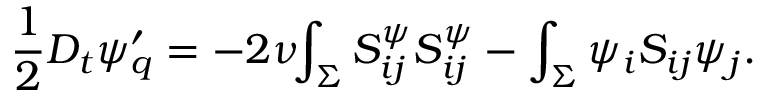
\frac { 1 } { 2 } D _ { t } { \psi } _ { q } ^ { \prime } = - 2 \nu \! \! \int _ { \Sigma } S _ { i j } ^ { \psi } S _ { i j } ^ { \psi } - \int _ { \Sigma } { \psi } _ { i } S _ { i j } { \psi } _ { j } .